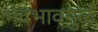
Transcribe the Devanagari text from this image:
भेदभावमुळे